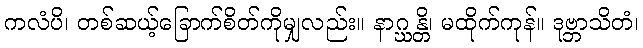
ကလံပိ၊ တစ်ဆယ့်ခြောက်စိတ်ကိုမျှလည်း။ နာဂ္ဃန္တိ၊ မထိုက်ကုန်။ ဒုဗ္ဘာသိတံ၊